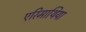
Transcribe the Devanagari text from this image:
एरिमाथिया